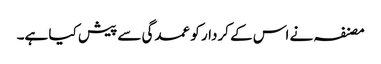
مصنفہ نے اس کے کردار کو عمدگی سے پیش کیا ہے۔